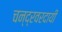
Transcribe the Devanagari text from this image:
चन्द्रवरदायी